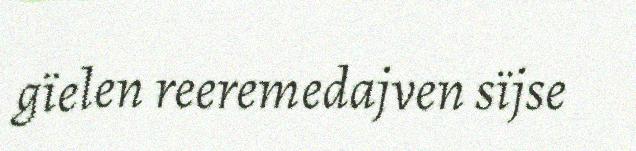
gïelen reeremedajven sïjse